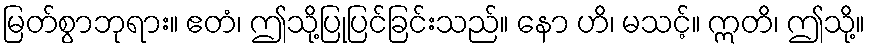
မြတ်စွာဘုရား။ ဧတံ၊ ဤသို့ပြုပြင်ခြင်းသည်။ နော ဟိ၊ မသင့်။ ဣတိ၊ ဤသို့။